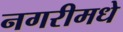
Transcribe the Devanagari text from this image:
नगरीमधे